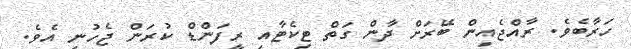
ހަރާބެވެ. ރާއްޖެއިން ބޭރަށް ދާން ގަތް ޓިކެޓާއި ރީފަންޑް ކުރަން ޖެހުނީ އެވެ.